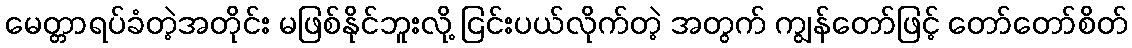
မေတ္တာရပ်ခံတဲ့အတိုင်း မဖြစ်နိုင်ဘူးလို့ ငြင်းပယ်လိုက်တဲ့ အတွက် ကျွန်တော်ဖြင့် တော်တော်စိတ်